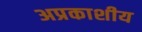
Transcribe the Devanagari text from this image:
अप्रकाशीय